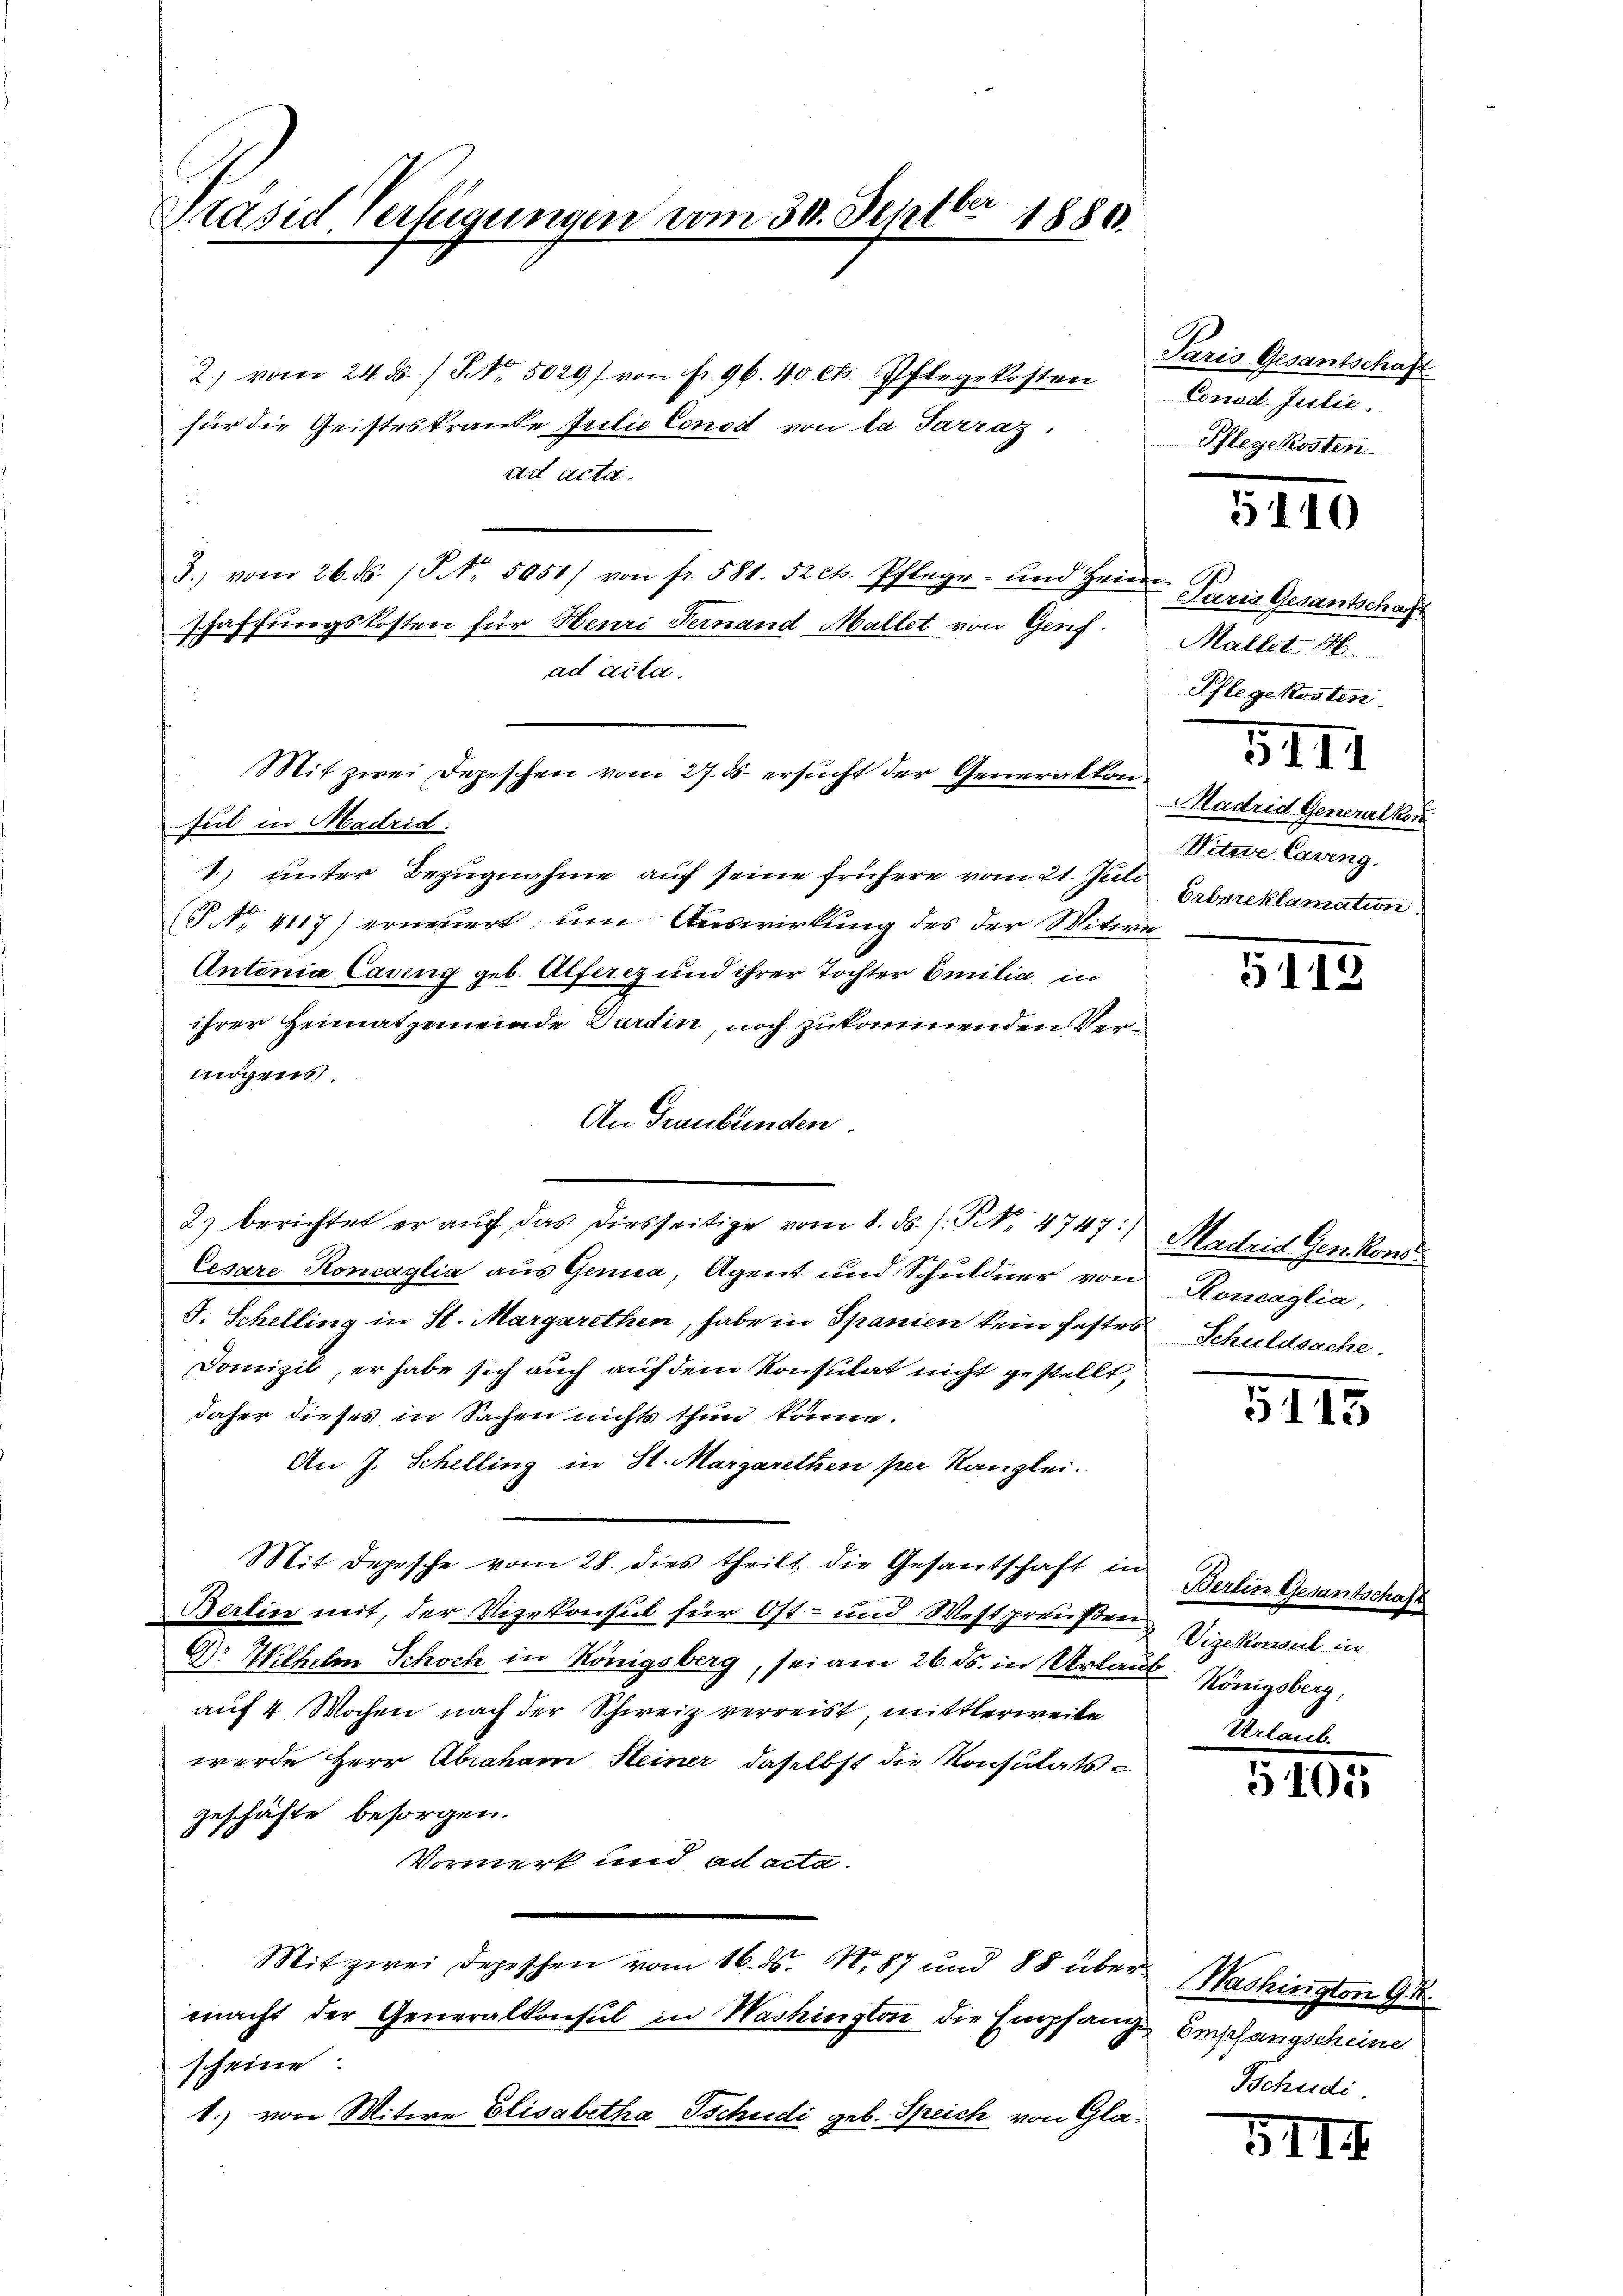
Präsid Verfügungen vom 30. Septbr 1880

2) vom 24. ds. / NNo. 5029f von fr. 96. 40 Cts. Pflegekosten
für die Geisteskranke Julie Concil von la Sarraz.
ad acta.
u
3.) vom 26. ds. P. Nr. 5051) von fr. 581. 52 ct. Pflege und Heim
schaffungskosten für Heuri Fernand Mallet von Genf.
ad acta.
Mit zwei Depeschen vom 27. ds. ersucht der Generalton.
Gut in Madrid:
1) unter Bezugnahme auf seine frühere vom 21. Juli
(P No. 4117) erneuert, um Auswirkung des der Witwe
Antonia Caving geb. Alferez und ihrer Tochter Emilia, in
ihrer Heimatgemeinde Pardin, noch zukommenden Vermögens
An Graubünden.
2.) berichtet er aŭf das diesseitige vom 8. ds. s. Rt. 4747. Madris Genkons
Cesare Koncaglia aus Genua, Agent und Schuldner von
S. Schelling in St. Margarethen, habe in Spanien kein festes Schuldsache.
Domizil, er habe sich auch auf dem Konsulat nicht gestellt,
daher dieses in Sachen nichts thun könne.
An J. Schelling in St. Margarethen per Kanzlei.
Mit Depesche vom 28. dies theilt die Gesantschaft in
Berlin mit, der Vizekonsul für Ost- und Westpreißen Vorkommt in
G: Wilhelm Schoch in Königsberg, sei am 26. ds. in Urlaut. Königsberg,
auf 4 Wochen nach der Schweiz verreist mittlerweite
werde Herr Abraham Steiner daselbst die Konsulats e
geschäfte besorgen.
1.
Vormerk und ad acta.
Mit zwei Depeschen vom 16. ds. N. 87 und 85 übermacht der Generalkonsul in Washington die Empfange Empfangscheine
scheine
1.) von Witwe Elisabetha Tschudi geb. Speich von Gla¬

Paris Gesantschaft
Conod Julie.
Pflegekosten

Paris Gesantschaft
Mallet 16.
Phlegekosten

Madrid Generalkon
Witwe Casing.
Erbsreklamation

5III

5113

Roncaglia,

5115

1

511

10

Berlin Gesantschaf

1

Washington 94.
Tschudi.

.